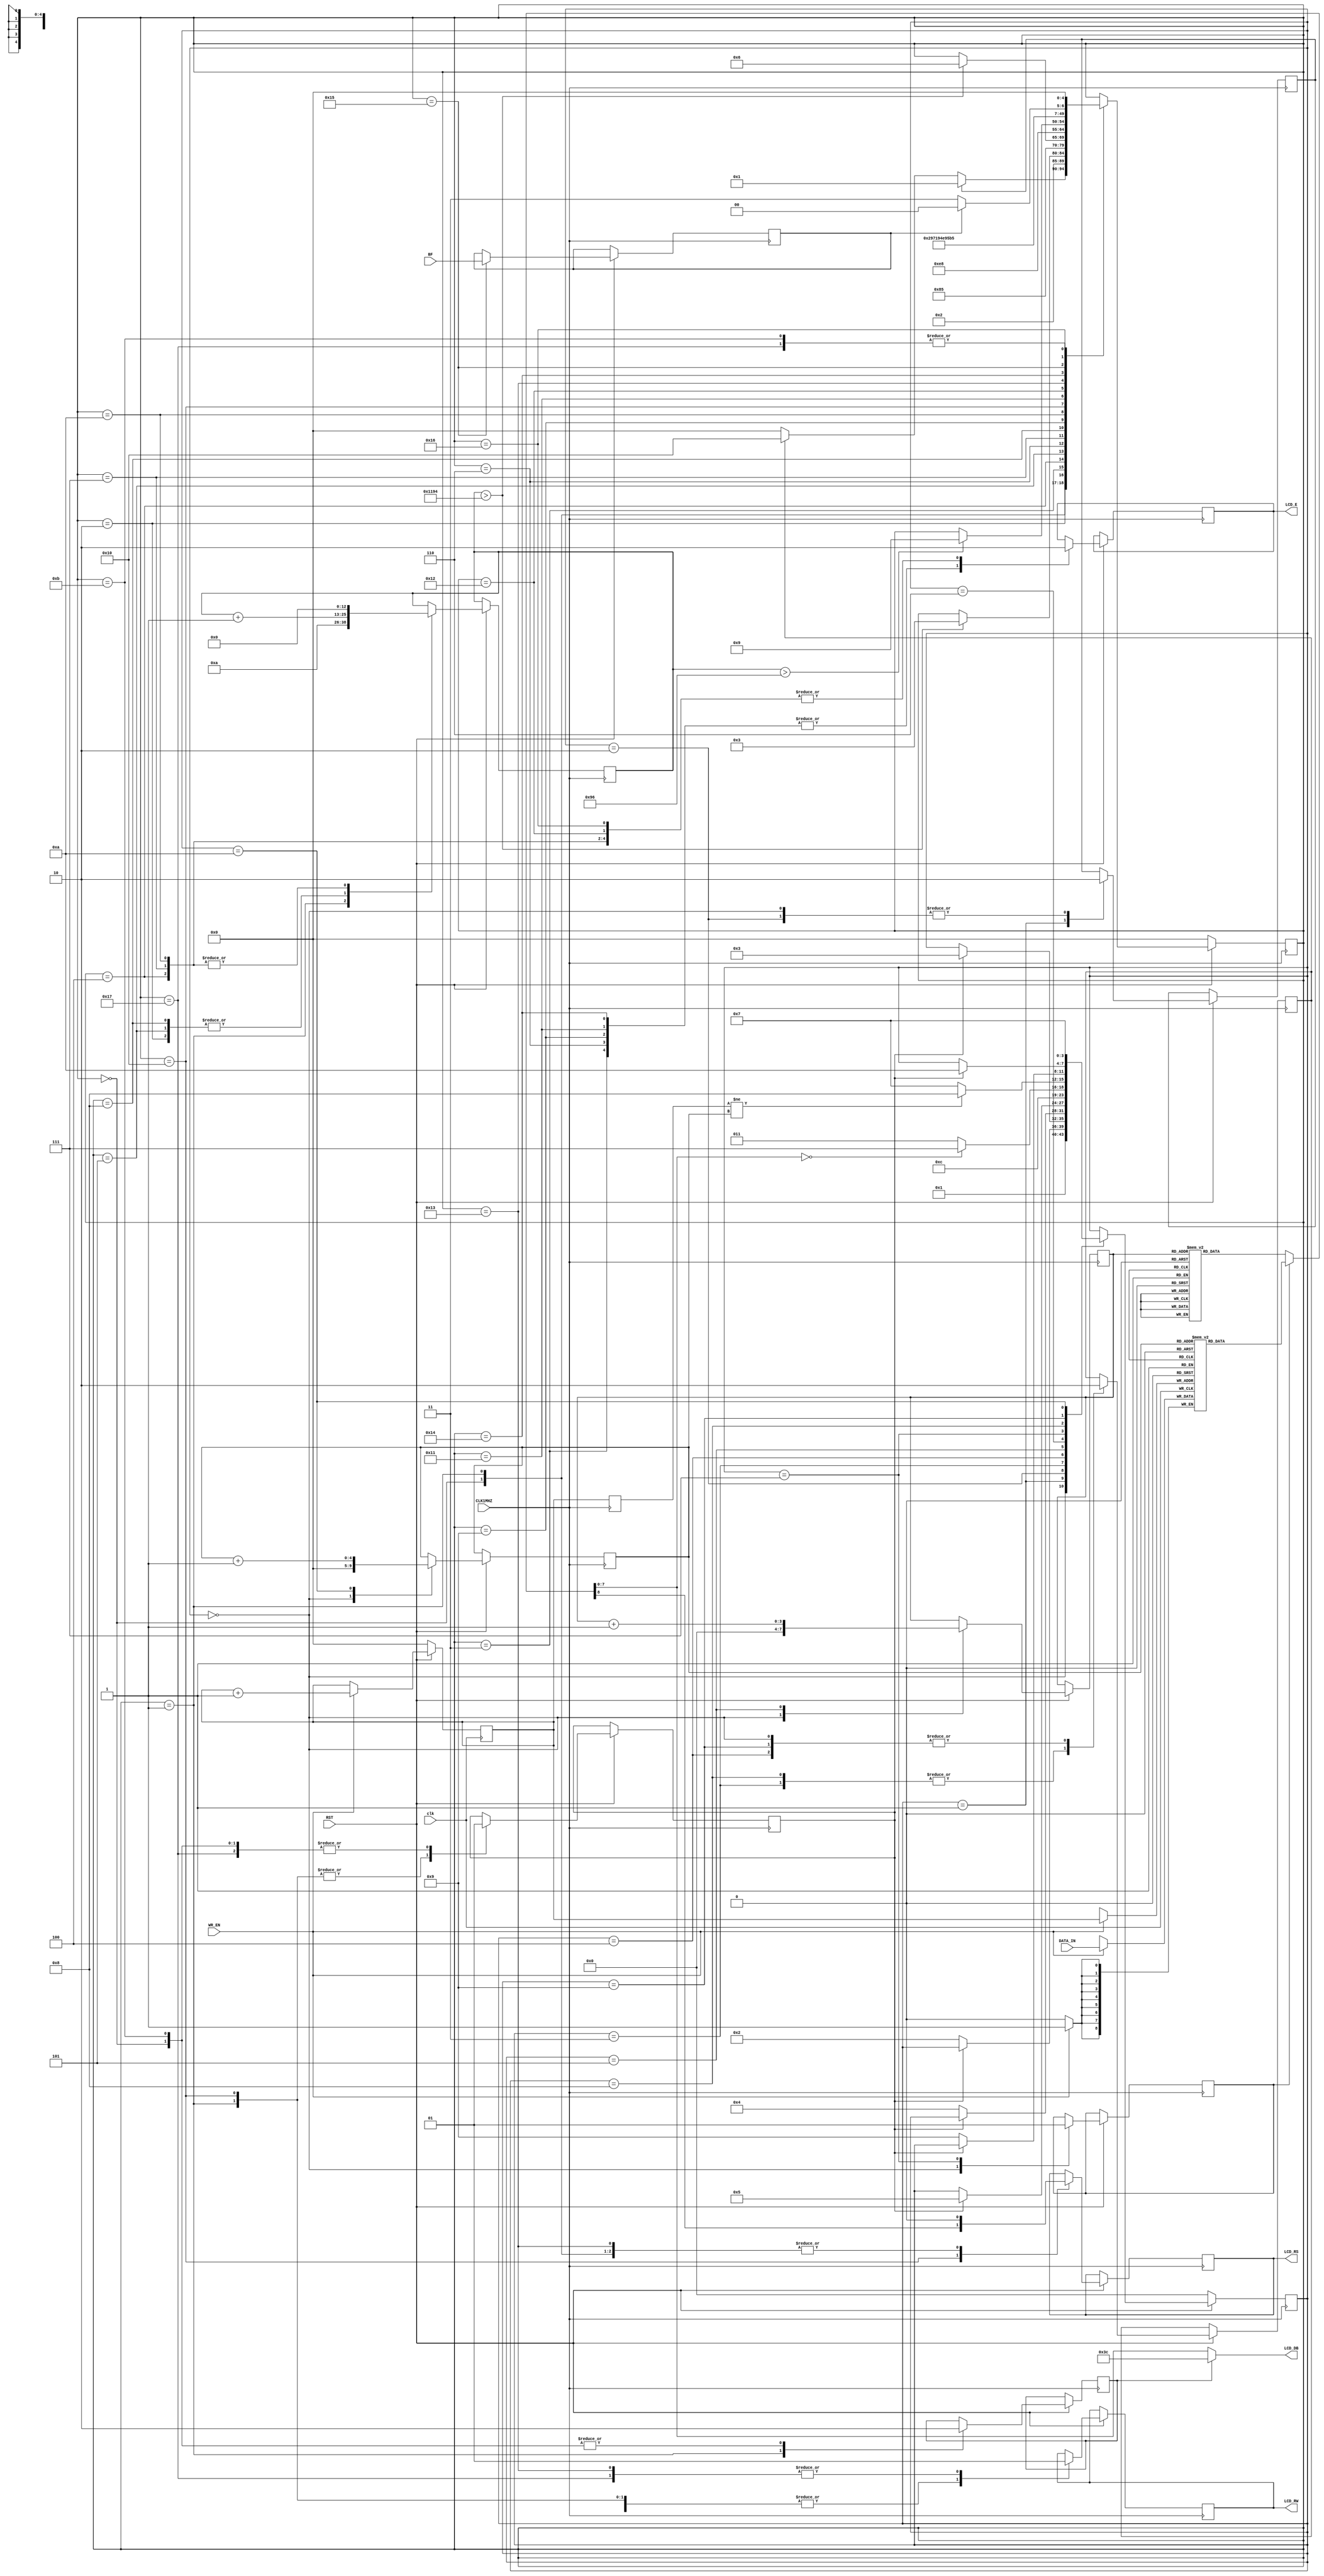
`timescale 1ns / 1ps
//////////////////////////////////////////////////////////////////////////////////

// Description: Display driver code stored in lcd_diplay.v file  and debouncer.v 
// come from the book "Wprowadzenie do jzyka Verilog" wrote by Zbigniew Hajduk.

//////////////////////////////////////////////////////////////////////////////////


module lcd_display(input CLK1MHZ, clk,
                    input WR_EN, RST, BF,
                    input [8:0] DATA_IN,
                    output reg LCD_E,
                    output reg LCD_RS,
                    output reg LCD_RW,
                    output [7:0] LCD_DB);


reg [4:0] s;
reg go;
reg done;

reg busy;
wire [7:0] LCD_DATA;
reg [3:0] s2;
reg [3:0] adr;
reg pwr_init;
reg [12:0] cnt10;
reg init;
reg norm;
reg [8:0] FIFO [0:31];                          //FIFO memory: 32 x 8-bit words
reg [4:0] rd_cnt, wr_cnt, buf_wr_cnt;
wire [8:0] DATA_OUT;

/************FIFO**************/
always @(posedge clk)
if (~RST) wr_cnt<=0;
else
if(WR_EN) wr_cnt<=wr_cnt+1;

always @(posedge clk)
if(WR_EN) FIFO[wr_cnt]<=DATA_IN;

assign DATA_OUT=FIFO[rd_cnt];
/*****************************/

always @(posedge CLK1MHZ) buf_wr_cnt<=wr_cnt;
always @(posedge CLK1MHZ)
if(~RST) s2<=0;
else
    begin
        case (s2)
            0: begin adr<=0; go<=1'b0; init<=1'b0;
                norm<=0; s2<=1; rd_cnt<=0; end
            1: begin init<=1'b1; if(~done) s2<=2; end
            2: begin init<=1'b0; if(done) s2<=3; end
            3: begin go<=1'b1; if(~done) s2<=4; end
            4: begin go<=1'b0; if(done) s2<=5; end
            5: begin adr<=adr+1; s2<=6; end
            6: begin if(LCD_DATA==8'd0) s2<=7; else s2<=3; end
            7: begin norm<=1;           
                    if(buf_wr_cnt!=rd_cnt) s2<=8;
                    else s2<=7;
               end
            8: begin go<=1; if(~done) s2<=9; end
            9: begin go<=0; if(done) s2<=10; end
            10: begin rd_cnt<=rd_cnt+1; s2<=7; end
         endcase
    end

function [8:0] INIT_STRING (input [3:0] ADDR);
    case (ADDR)
        4'd0: INIT_STRING=9'h03c;
        4'd1: INIT_STRING=9'h006;
        4'd2: INIT_STRING=9'h00c;
        4'd3: INIT_STRING=9'h001;
        4'd4: INIT_STRING=9'h123;       //#
        4'd5: INIT_STRING=9'h143;       //C
        4'd6: INIT_STRING=9'h141;       //A
        4'd7: INIT_STRING=9'h14c;       //L
        4'd8: INIT_STRING=9'h143;       //C
        4'd9: INIT_STRING=9'h155;       //U
       4'd10: INIT_STRING=9'h14c;       //L
       4'd11: INIT_STRING=9'h141;       //A
       4'd12: INIT_STRING=9'h154;       //T
       4'd13: INIT_STRING=9'h14f;       //O
       4'd14: INIT_STRING=9'h152;       //R
       4'd15: INIT_STRING=9'd0;
       default: INIT_STRING=9'h1xx;
    endcase
endfunction

 assign {rs_a,LCD_DATA} = norm?DATA_OUT:INIT_STRING(adr);
 assign LCD_DB = pwr_init?8'h3c:LCD_DATA;
 
always @(posedge CLK1MHZ)
    if(~RST) s<=0;
    else
        begin
            case (s)
                0: begin
                    LCD_RS<=1'b0; LCD_E<=1'b0; LCD_RW<=1'b0;
                    done<=1'b1; pwr_init<=1'b0;
                 if(init) s<=1;
                 else if(go) s<=16; else s<=0;
                    end
                1: begin
                    LCD_RW<=0; LCD_RS<=0; cnt10<=10; done<=1'b0;
                    pwr_init<=1'b1; s<=2;
                   end
                2: begin 
                    cnt10<=cnt10+1;
                    if(cnt10>13'd4500) s<=3;
                   end
                3: begin LCD_E<=1'b1; s<=4; end
                4: begin LCD_E<=1'b0; cnt10<=0; s<=5; end
                5: begin cnt10<=cnt10+1;
                    if(cnt10>13'd4500) s<=6;
                   end
                6: begin LCD_E<=1'b1; s<=7; end
                7: begin LCD_E<=1'b0; cnt10<=0; s<=8; end
                8: begin cnt10<=cnt10+1;
                    if(cnt10>13'd150) s<=9;
                   end
                9: begin LCD_E<=1'b1; s<=10; end
               10: begin LCD_E<=1'b0; cnt10<=0; s<=11; end
               11: begin done<=1'b1; s<=0; pwr_init<=1'b0; end
               16: begin LCD_RS<=rs_a; LCD_RW<=1'b0; s<=17; done<=1'b0; end
               17: begin LCD_E<=1'b1; s<=18; end
               18: begin LCD_E<=1'b0; s<=19; end
               19: begin LCD_RW<=1'b1; LCD_RS<=1'b0; s<=20; end
               20: begin LCD_E<=1'b1; s<=21; end
               21: begin busy<=BF; s<=22; end
               22: begin LCD_E<=1'b0;
                    if(busy) s<=20; else s<=23;
                   end
               23: begin LCD_RW<=1'b1; done<=1'b1; s<=0; end
            endcase
      end
endmodule